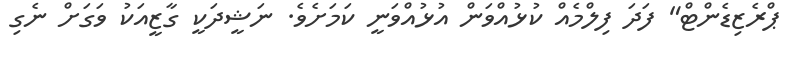
ޕްރެޒިޑެންޓް" ފަދަ ފިލްމެއް ކުޅުއްވަން އުޅުއްވަނީ ކަމަށެވެ. ނަޝީދަކީ ގާޒީއަކު ވަގަށް ނެގި